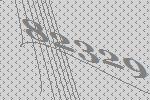
82329